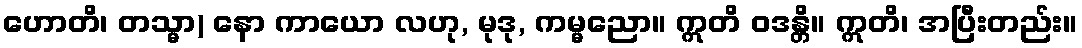
ဟောတိ၊ တသ္မာ) နော ကာယော လဟု, မုဒု, ကမ္မညော။ ဣတိ ဝဒန္တိ။ ဣတိ၊ အပြီးတည်း။